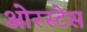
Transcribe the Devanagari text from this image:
ओरस्टेस